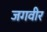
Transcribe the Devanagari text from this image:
जगवीर